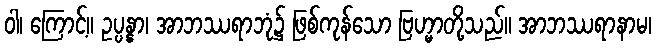
ဝါ၊ ကြောင့်။ ဥပ္ပန္နာ၊ အာဘဿရာဘုံ၌ ဖြစ်ကုန်သော ဗြဟ္မာတို့သည်။ အာဘဿရာနာမ၊